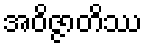
အဝိဇ္ဇာတိဿ